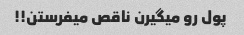
پول رو میگیرن ناقص میفرستن!!